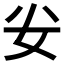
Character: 𭑨